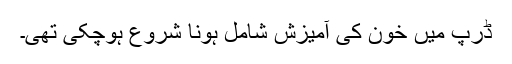
ڈرپ میں خون کی آمیزش شامل ہونا شروع ہوچکی تھی۔